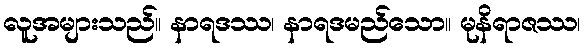
လူအများသည်။ နာရဒဿ၊ နာရဒမည်သော။ မုနိရာဇဿ၊